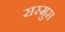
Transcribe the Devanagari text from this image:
रास्मुस